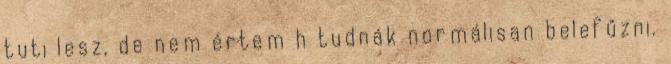
tuti lesz, de nem értem h tudnák normálisan belefűzni.